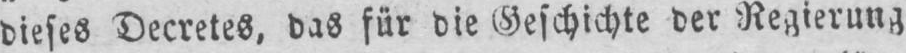
dieses Decretes, das für die Geschichte der Regierung